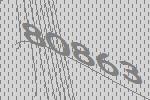
80863